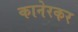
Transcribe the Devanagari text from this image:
कानेरकर